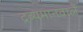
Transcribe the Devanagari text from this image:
द्रव्यमानवालें